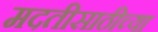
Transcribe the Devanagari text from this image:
मदतीसाठीच्या